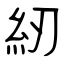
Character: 紉